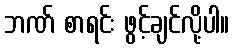
ဘဏ် စာရင်း ဖွင့်ချင်လို့ပါ။